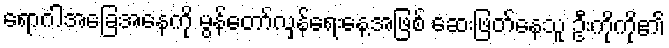
ရောဂါအခြေအနေကို မွန်တော်လှန်ရေးနေ့အဖြစ် ဆေးဖြတ်နေသူ ဦးကိုကို၏